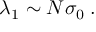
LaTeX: \lambda _ { 1 } \sim N \sigma _ { 0 } \; .